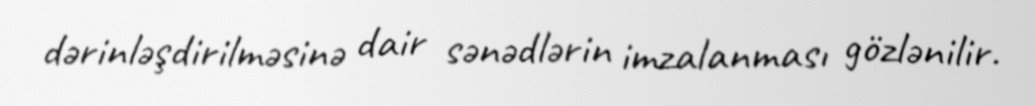
dərinləşdirilməsinə dair sənədlərin imzalanması gözlənilir.